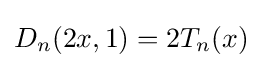
D_{n}(2x,1)=2T_{n}(x)